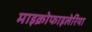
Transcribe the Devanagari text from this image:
माइक्रोफाइलेरिया